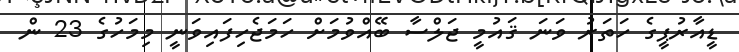
ޑީއާރުޕީގެ ހަތަރު ވަނަ ޤައުމީ ޖަލްސާ ބޭއްވުމަށް ހަމަޖެހިފައިވަނީ މިމަހުގެ 23 ން